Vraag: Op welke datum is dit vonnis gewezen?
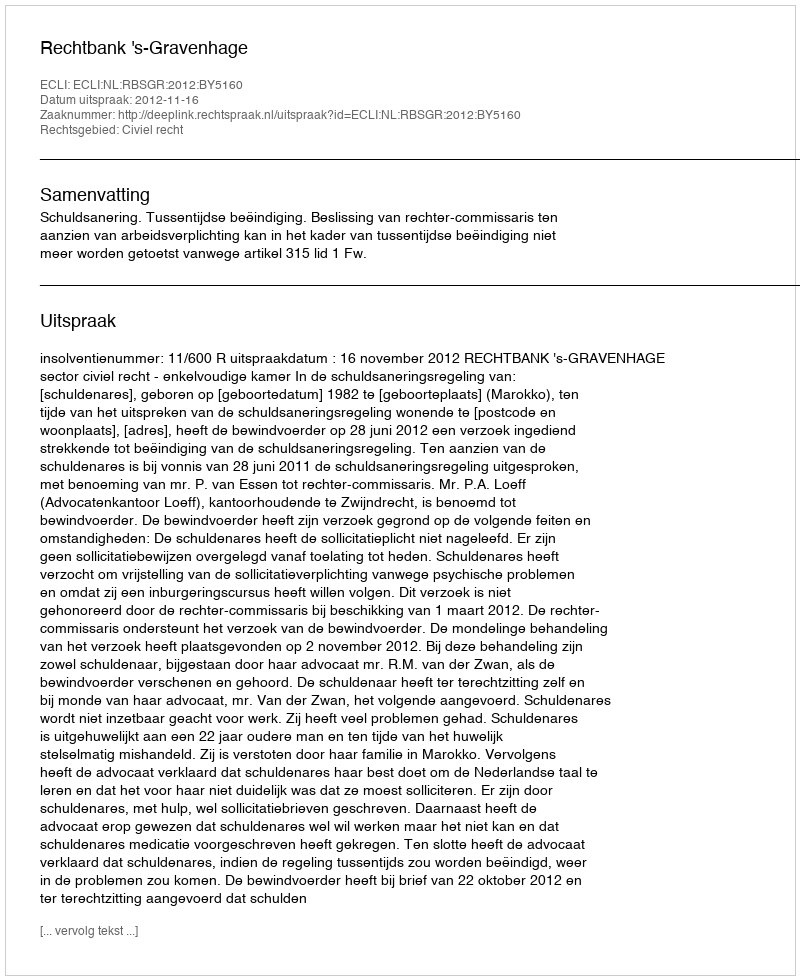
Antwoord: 2012-11-16